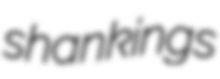
shankings